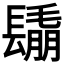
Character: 𨲰